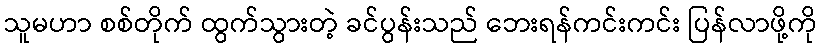
သူမဟာ စစ်တိုက် ထွက်သွားတဲ့ ခင်ပွန်းသည် ဘေးရန်ကင်းကင်း ပြန်လာဖို့ကို